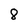
Character: 8